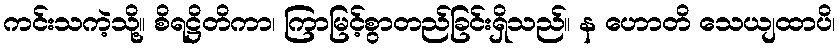
ကင်းသကဲ့သို့။ စိရဋ္ဌိတိကာ၊ ကြာမြင့်စွာတည်ခြင်းရှိသည်။ န ဟောတိ သေယျထာပိ၊